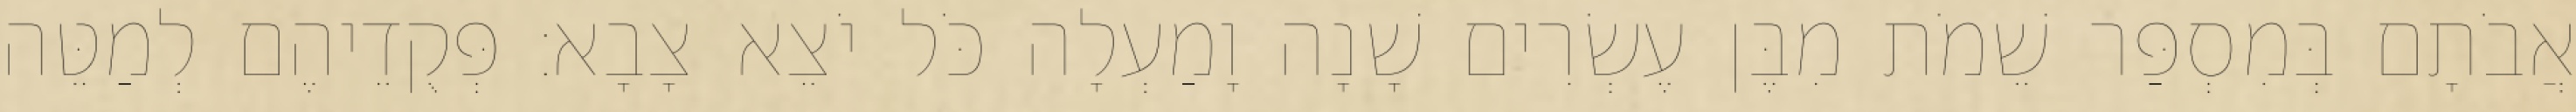
אֲבֹתָם בְּמִסְפַּר שֵׁמֹת מִבֶּן עֶשְׂרִים שָׁנָה וָמַעְלָה כֹּל יֹצֵא צָבָא׃ פְּקֻדֵיהֶם לְמַטֵּה